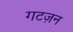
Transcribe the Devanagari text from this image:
गटज़न